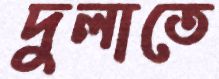
দুলাতে